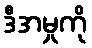
ဒီအမှုကို